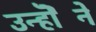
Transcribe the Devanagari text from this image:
उन्होॆने